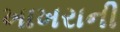
ખાખરાની